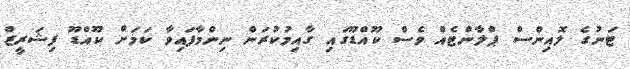
ޓަނުގެ ލޮއިންސް ޕްލާންޓެއް ވެސް ކޫއްޑޫގައި ގާއިމުކުރަން ނިންމާފައިވާ ކަމަށް ކޫއްޑޫ ފިޝަރީޒް